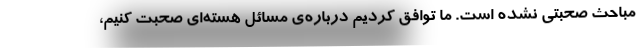
مباحث صحبتی نشده است. ما توافق کردیم درباره‌ی مسائل هسته‌ای صحبت کنیم،